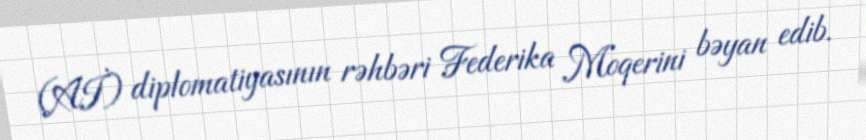
(Aİ) diplomatiyasının rəhbəri Federika Moqerini bəyan edib.